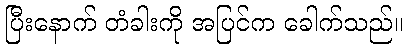
ပြီးနောက် တံခါးကို အပြင်က ခေါက်သည်။